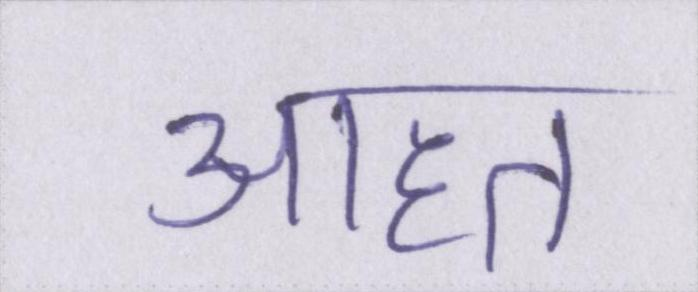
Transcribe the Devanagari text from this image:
आहत